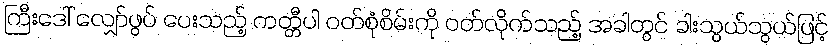
ကြီးဒေါ် လျှော်ဖွပ် ပေးသည့် ကတ္တီပါ ဝတ်စုံစိမ်းကို ဝတ်လိုက်သည့် အခါတွင် ခါးသွယ်သွယ်ဖြင့်